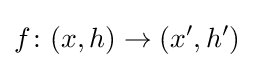
f\colon (x,h)\to (x',h')